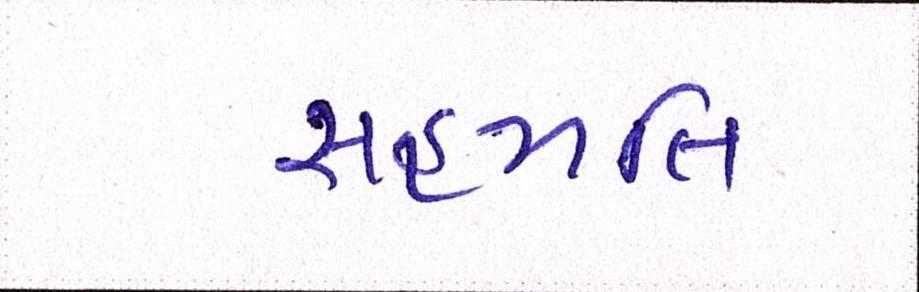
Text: સહમતિ